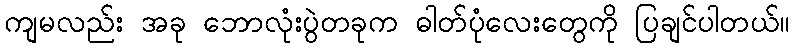
ကျမလည်း အခု ဘောလုံးပွဲတခုက ဓါတ်ပုံလေးတွေကို ပြချင်ပါတယ်။